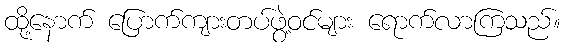
ထို့နောက် ပြောက်ကျားတပ်ဖွဲ့ဝင်များ ရောက်လာကြသည်။